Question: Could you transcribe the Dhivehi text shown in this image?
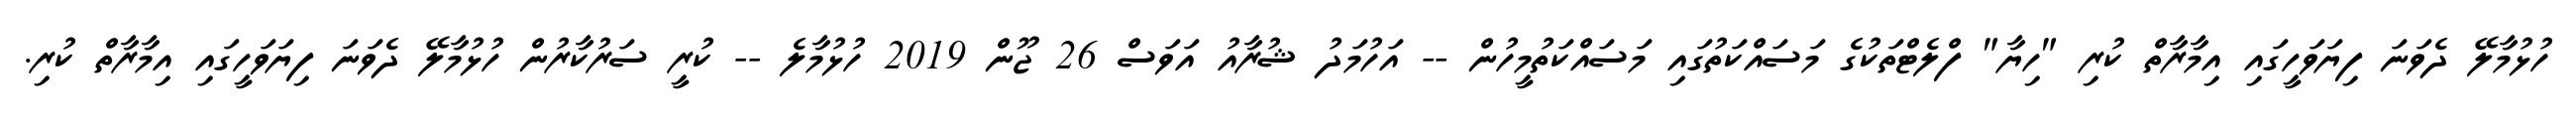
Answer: ހުޅުމާލޭ ދެވަނަ ފިޔަވަހީގައި އިމާރާތް ކުރި "ހިޔާ" ފްލެޓްތަކުގެ މަސައްކަތުގައި މަސައްކަތުމީހުން -- އަހުމަދު ޝުރާއު އަވަސް 26 ޖޫން 2019 ހުޅުމާލެ -- ކުރީ ސަރުކާރުން ހުޅުމާލޭ ދެވަނަ ފިޔަވަހީގައި އިމާރާތް ކުރި.